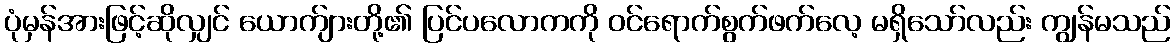
ပုံမှန်အားဖြင့်ဆိုလျှင် ယောက်ျားတို့၏ ပြင်ပလောကကို ဝင်ရောက်စွက်ဖက်လေ့ မရှိသော်လည်း ကျွန်မသည်